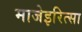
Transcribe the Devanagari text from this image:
माजेइरित्सा